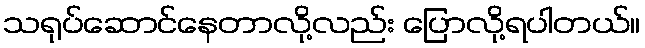
သရုပ်ဆောင်နေတာလို့လည်း ပြောလို့ရပါတယ်။